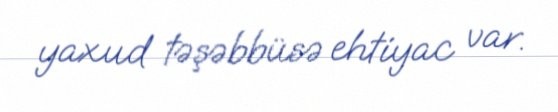
yaxud təşəbbüsə ehtiyac var.